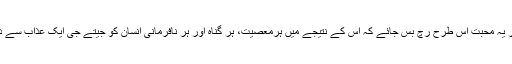
قلوب کے اندر یہ محبت اس طرح رچ بس جائے کہ اس کے نتیجے میں ہرمعصیت، ہر گناہ اور ہر نافرمانی انسان کو جیتے جی ایک عذاب سے دوچار کردے۔